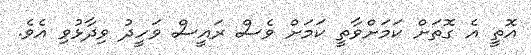
އޮތީ އެ ގޮތަށް ކަމަށްވާތީ ކަމަށް ވެސް ރައީސް ވަހީދު ވިދާޅުވި އެވެ.